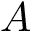
A